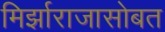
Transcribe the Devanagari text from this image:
मिर्झाराजासोबत